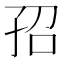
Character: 𡥙